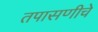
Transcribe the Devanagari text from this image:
तपासणीचे